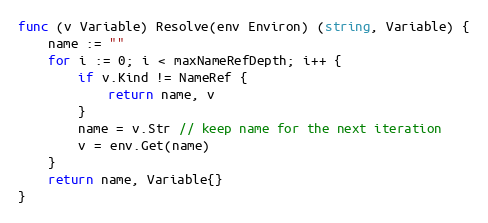
Language: Go
func (v Variable) Resolve(env Environ) (string, Variable) {
	name := ""
	for i := 0; i < maxNameRefDepth; i++ {
		if v.Kind != NameRef {
			return name, v
		}
		name = v.Str // keep name for the next iteration
		v = env.Get(name)
	}
	return name, Variable{}
}